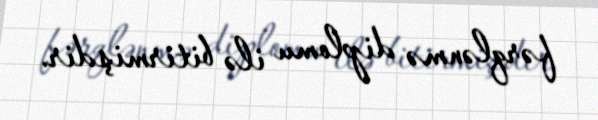
fərqlənmə diplomu ilə bitirmişdir.